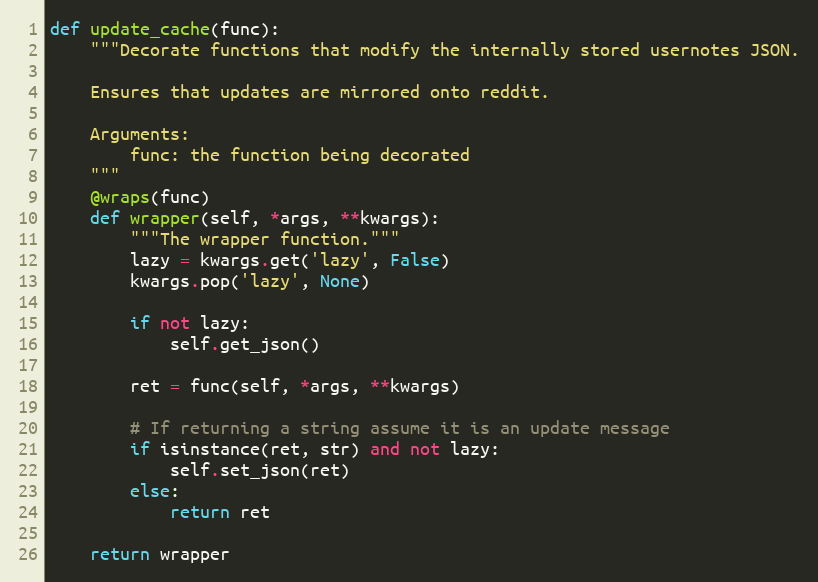
Language: Python
def update_cache(func):
    """Decorate functions that modify the internally stored usernotes JSON.

    Ensures that updates are mirrored onto reddit.

    Arguments:
        func: the function being decorated
    """
    @wraps(func)
    def wrapper(self, *args, **kwargs):
        """The wrapper function."""
        lazy = kwargs.get('lazy', False)
        kwargs.pop('lazy', None)

        if not lazy:
            self.get_json()

        ret = func(self, *args, **kwargs)

        # If returning a string assume it is an update message
        if isinstance(ret, str) and not lazy:
            self.set_json(ret)
        else:
            return ret

    return wrapper